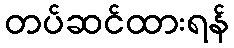
တပ်ဆင်ထားရန်